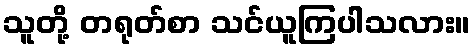
သူတို့ တရုတ်စာ သင်ယူကြပါသလား။